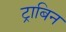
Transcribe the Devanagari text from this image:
ट्राबिन